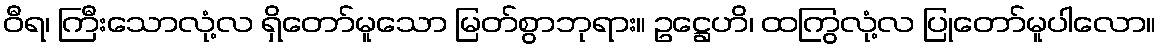
ဝီရ၊ ကြီးသောလုံ့လ ရှိတော်မူသော မြတ်စွာဘုရား။ ဥဋ္ဌေဟိ၊ ထကြွလုံ့လ ပြုတော်မူပါလော။